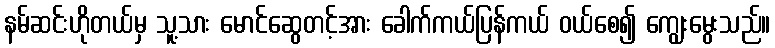
နမ်ဆင်းဟိုတယ်မှ သူ့သား မောင်ဆွေတင့်အား ခေါက်ကယ်ပြန်ကယ် ဝယ်စေ၍ ကျွေးမွေးသည်။